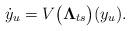
LaTeX: \begin{align*}\dot y_u = V\big({\bf \Lambda}_{ts}\big)(y_u).\end{align*}